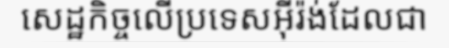
សេដ្ឋកិច្ចលើប្រទេសអ៊ីរ៉ង់ដែលជា